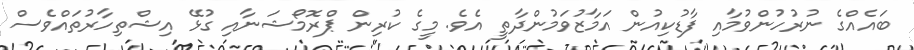
ބައެއްގެ ނުރުހުންވުމާއި ފާޑުކިއުން އަމާޒުވަމުންދާތީ އެވެ. މީގެ ކުރިން ޕްރޮމޯޝަނާއި ގުޅޭ އިޝްތިހާރުތައްވެސް